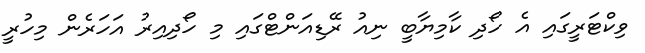
ވިކްޓަރީގައި އެ ހޯދި ކާމިޔާބީ ނިއު ރޭޑިއަންޓްގައި މި ހޯދިއިރު އަހަރެން މިހުރީ